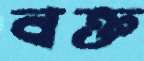
বক্ত